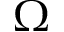
\Omega